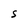
Character: S